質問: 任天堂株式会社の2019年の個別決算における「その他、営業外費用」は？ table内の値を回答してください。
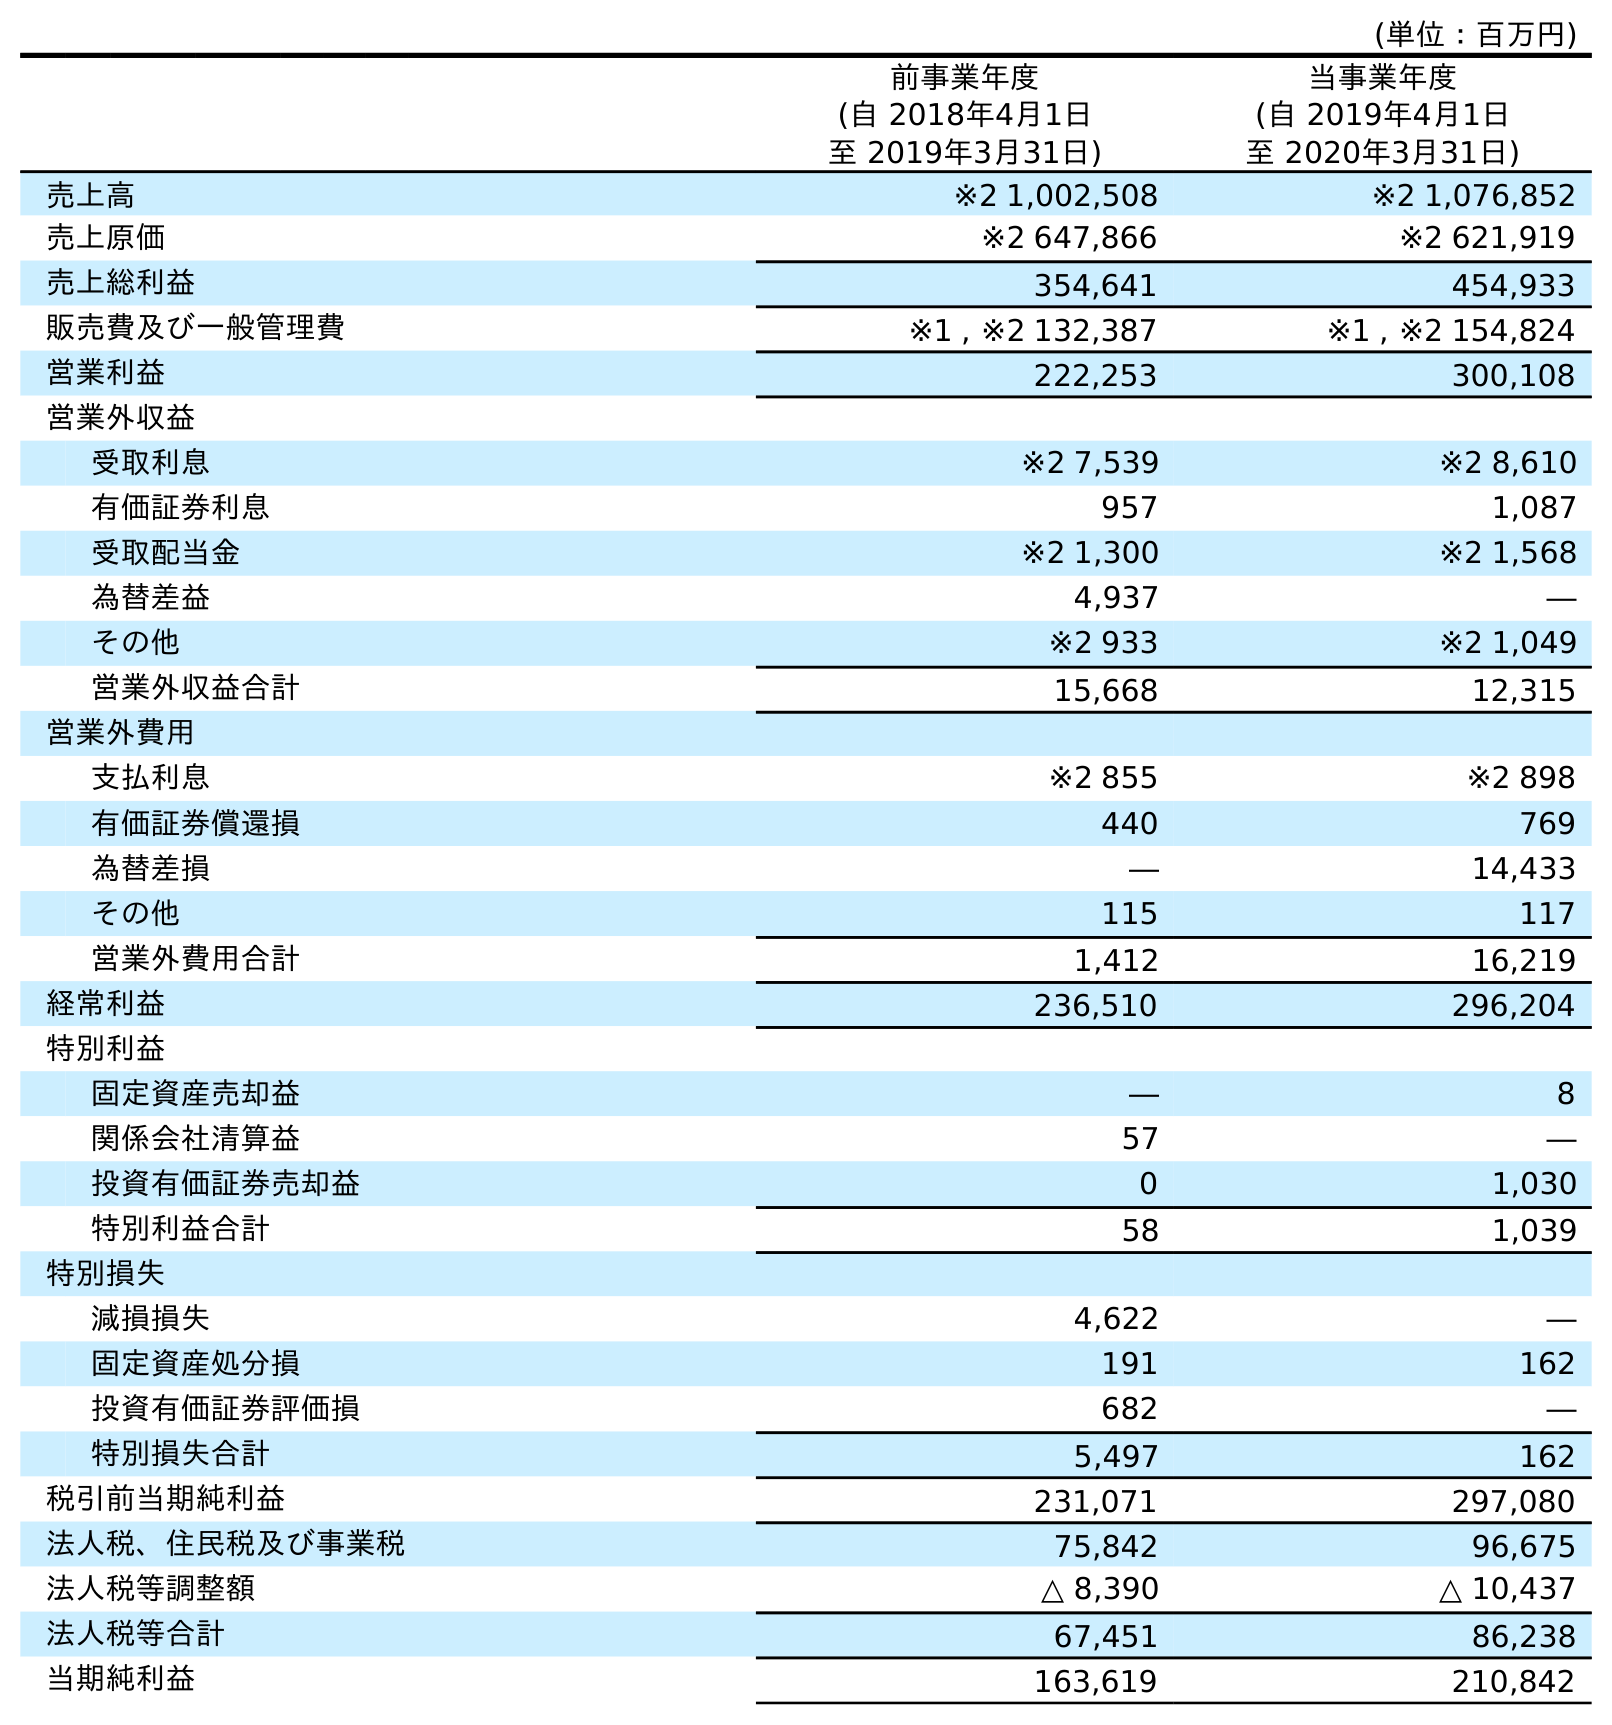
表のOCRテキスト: (単位：百万円) 前事業年度 (自 2018年4月1日 至 2019年3月31日) 当事業年度 (自 2019年4月1日 至 2020年3月31日) 売上高 ※2 1,002,508 ※2 1,076,852 売上原価 ※2 647,866 ※2 621,919 売上総利益 354,641 454,933 販売費及び一般管理費 ※1 , ※2 132,387 ※1 , ※2 154,824 営業利益 222,253 300,108 営業外収益 受取利息 ※2 7,539 ※2 8,610 有価証券利息 957 1,087 受取配当金 ※2 1,300 ※2 1,568 為替差益 4,937 ― その他 ※2 933 ※2 1,049 営業外収益合計 15,668 12,315 営業外費用 支払利息 ※2 855 ※2 898 有価証券償還損 440 769 為替差損 ― 14,433 その他 115 117 営業外費用合計 1,412 16,219 経常利益 236,510 296,204 特別利益 固定資産売却益 ― 8 関係会社清算益 57 ― 投資有価証券売却益 0 1,030 特別利益合計 58 1,039 特別損失 減損損失 4,622 ― 固定資産処分損 191 162 投資有価証券評価損 682 ― 特別損失合計 5,497 162 税引前当期純利益 231,071 297,080 法人税、住民税及び事業税 75,842 96,675 法人税等調整額 △ 8,390 △ 10,437 法人税等合計 67,451 86,238 当期純利益 163,619 210,842
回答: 115